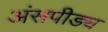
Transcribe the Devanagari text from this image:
अंसपीड्य